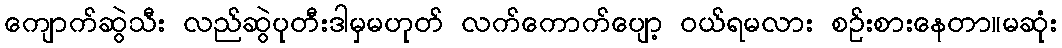
ကျောက်ဆွဲသီး လည်ဆွဲပုတီးဒါမှမဟုတ် လက်ကောက်ပျော့ ဝယ်ရမလား စဉ်းစားနေတာ။မဆုံး